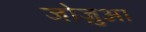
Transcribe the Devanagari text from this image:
जोज़ुआ